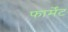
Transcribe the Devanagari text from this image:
फार्मेंट